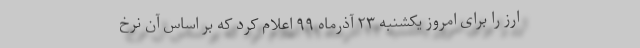
ارز را برای امروز یکشنبه ۲۳ آذرماه ۹۹ اعلام کرد که بر اساس آن نرخ